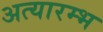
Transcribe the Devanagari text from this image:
अत्यारम्भ